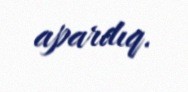
apardıq.